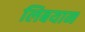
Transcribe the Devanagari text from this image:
लिबयान